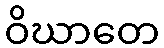
ဝိဃာတေ